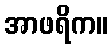
အာဖရိက။